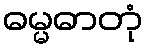
ဓမ္မဓာတုံ